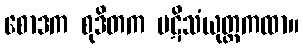
စောဒက စုဒိတက ပဋိသံယုတ္တကထာ။